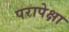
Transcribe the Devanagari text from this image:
परापेक्षा